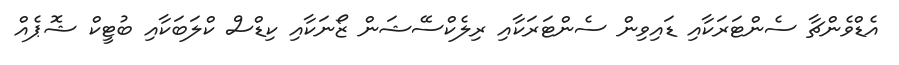
އެޑްވެންޗާ ސެންޓަރަކާއި ޑައިވިން ސެންޓަރަކާއި ރިލެކްސޭޝަން ޒޯނަކާއި ކިޑްސް ކްލަބަކާއި ބުޓީކް ޝޮޕެއް